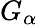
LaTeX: G_{\alpha}